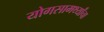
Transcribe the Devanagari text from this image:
योगसामर्थ्यांचा